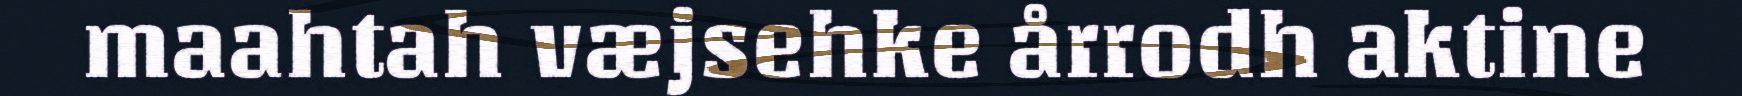
maahtah væjsehke årrodh aktine